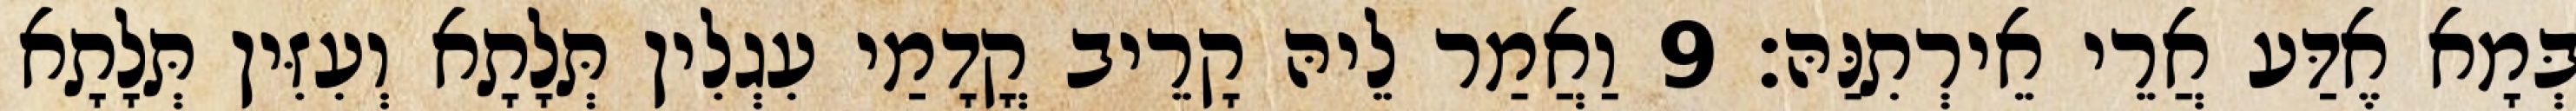
בְּמָא אֶדַּע אֲרֵי אֵירְתִנַּהּ׃ 9 וַאֲמַר לֵיהּ קָרֵיב קֳדָמַי עִגְלִין תְּלָתָא וְעִזִּין תְּלָתָא